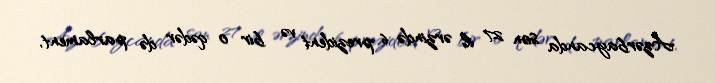
Azərbaycanda son 27 il ərzində 6 prezident və bir o qədər də parlament,